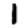
Digit: 1